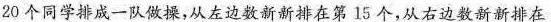
20个同学排成一队做操，从左边数新新排在第15个，从右边数新新排在